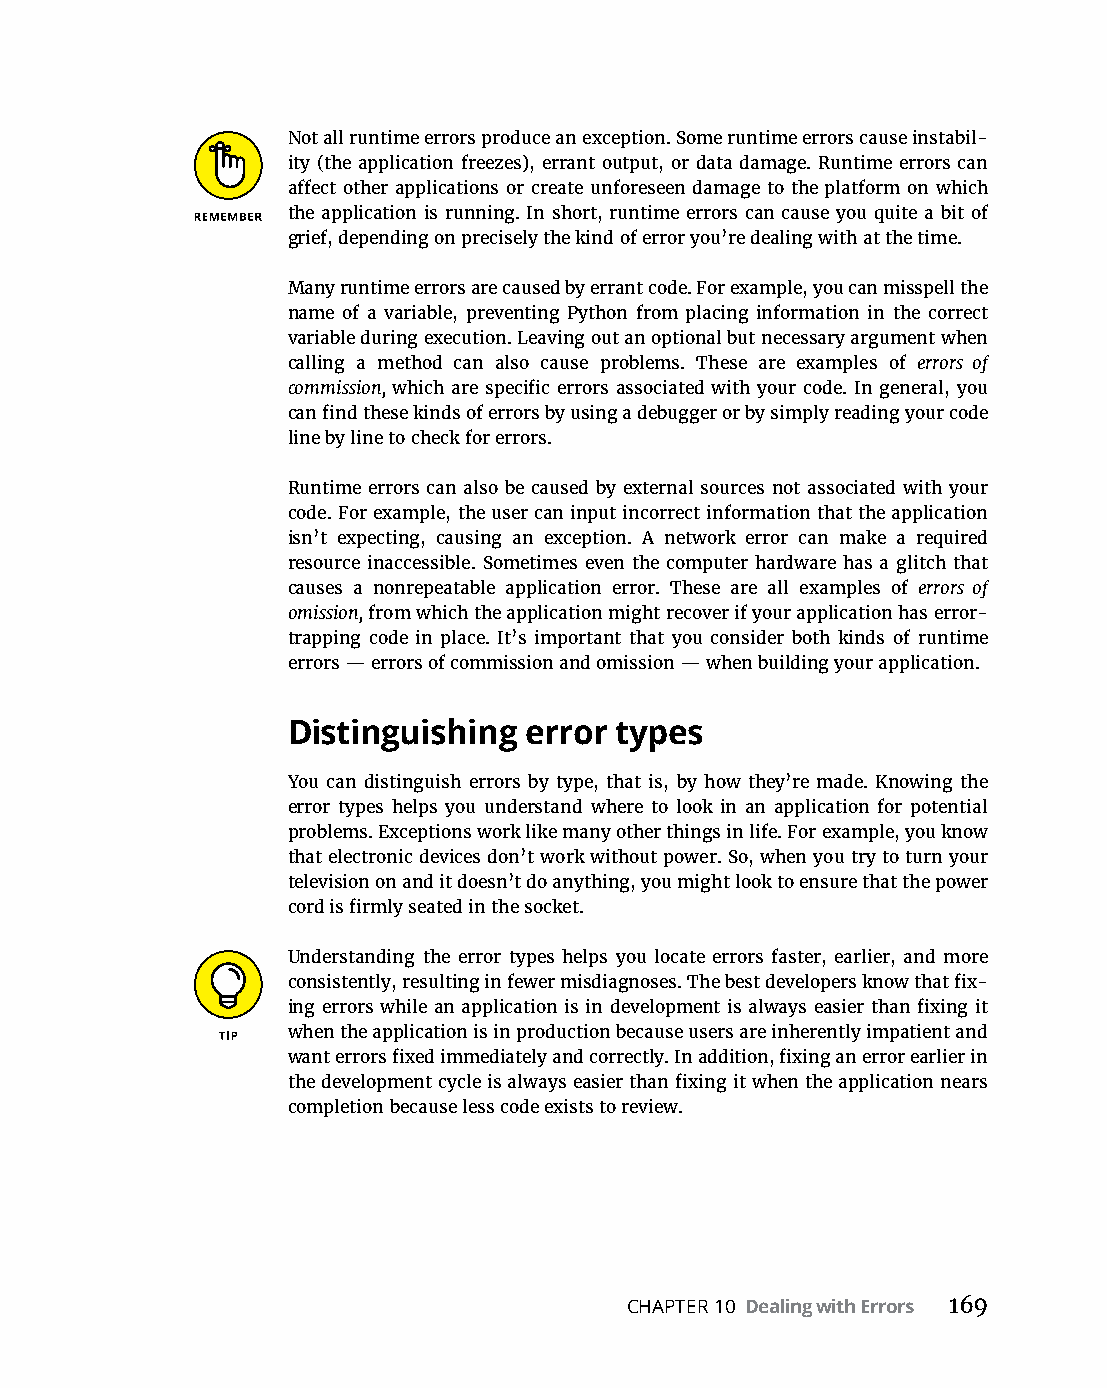
Not all runtime errors produce an exception. Some runtime errors cause instabil-
 ity (the application freezes), errant output, or data damage. Runtime errors can
 affect other applications or create unforeseen damage to the platform on which
 the application is running. In short, runtime errors can cause you quite a bit of
 grief, depending on precisely the kind of error you’re dealing with at the time.
 Many runtime errors are caused by errant code. For example, you can misspell the
 name of a variable, preventing Python from placing information in the correct
 variable during execution. Leaving out an optional but necessary argument when
 calling a method can also cause problems. These are examples of errors of
 commission, which are specific errors associated with your code. In general, you
 can find these kinds of errors by using a debugger or by simply reading your code
 line by line to check for errors.
 Runtime errors can also be caused by external sources not associated with your
 code. For example, the user can input incorrect information that the application
 isn’t expecting, causing an exception. A network error can make a required
 resource inaccessible. Sometimes even the computer hardware has a glitch that
 causes a nonrepeatable application error. These are all examples of errors of
 omission, from which the application might recover if your application has error-
 trapping code in place. It’s important that you consider both kinds of runtime
 errors — errors of commission and omission — when building your application.
 Distinguishing  error types
 You can distinguish errors by type, that is, by how they’re made. Knowing the
 error types helps you understand where to look in an application for potential
 problems. Exceptions work like many other things in life. For example, you know
 that electronic devices don’t work without power. So, when you try to turn your
 television on and it doesn’t do anything, you might look to ensure that the power
 cord is firmly seated in the socket.
 Understanding the error types helps you locate errors faster, earlier, and more
 consistently, resulting in fewer misdiagnoses. The best developers know that fix-
 ing errors while an application is in development is always easier than fixing it
 when the application is in production because users are inherently impatient and
 want errors fixed immediately and correctly. In addition, fixing an error earlier in
 the development cycle is always easier than fixing it when the application nears
 completion because less code exists to review.
 CHAPTER 10 Dealing with Errors 169